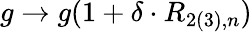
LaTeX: g\rightarrow g(1+\delta\cdot R_{2(3),n})